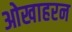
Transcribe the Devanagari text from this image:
ओखाहरन